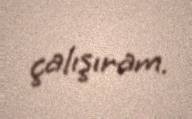
çalışıram.